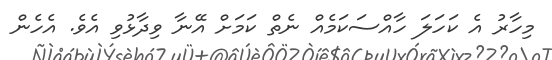
މިހާރު އެ ކަހަލަ ހާއްސަކަމެއް ނެތް ކަމަށް އޭނާ ވިދާޅުވި އެވެ. އެހެން